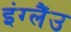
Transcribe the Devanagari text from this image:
इंग्लैंउ